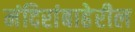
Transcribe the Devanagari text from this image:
मंदिरांबाहेरील